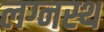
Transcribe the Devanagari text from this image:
लग्नस्थ